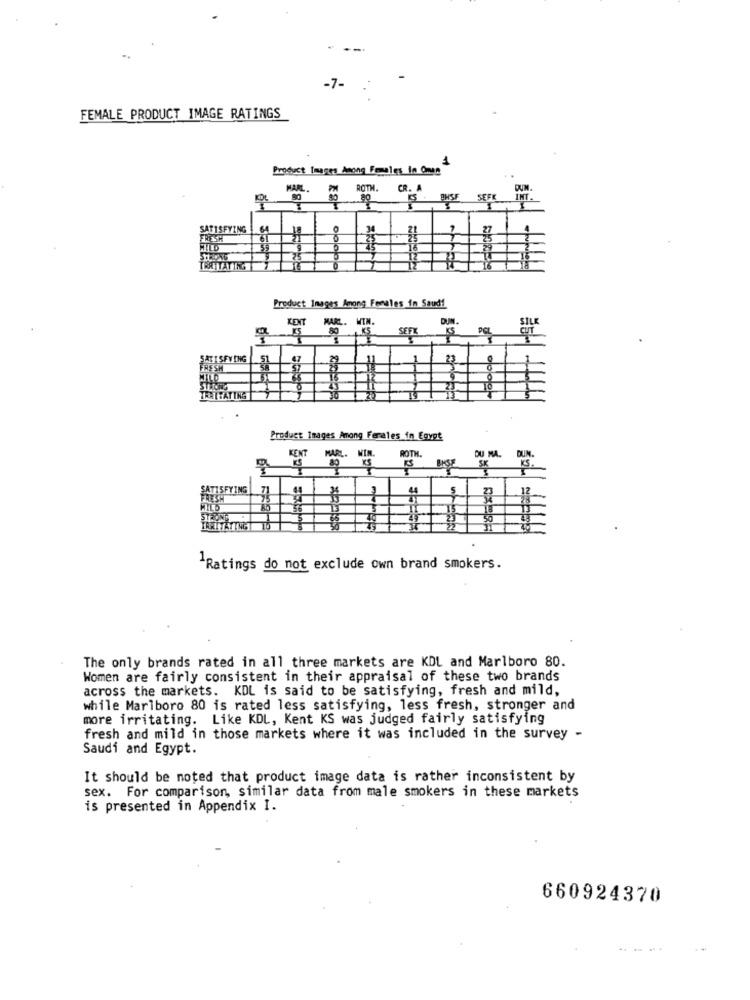
-7-
FEMALE PRODUCT IMAGE RATINGS
Product Images Moong Females in Omen
HARL
ROTH.
CR. A
80
PHSE
SEFE
INT.
SATISFYING
FRESH
31
WILD
55
16
TERTTATTKG
Product Images Among Females in Saud!
KENT
MARL. WIN.
DUN
80
SEFX
CUT
AKI SPY ING
HESH
TERTHAT ING
Product Images Among Ferales in Egypt
KENT
ROTH.
DU MA.
DUN.
MARL. WIN.
80
SK
TISFYING
ROND
WITATINGT
1 Ratings do not exclude own brand smokers.
The only brands rated in all three markets are KDL and Marlboro 80.
Women are fairly consistent in their appraisal of these two brands
across the markets. KDL is said to be satisfying, fresh and mild,
while Marlboro 80 is rated less satisfying, less fresh, stronger and
more irritating. Like KDL, Kent KS was judged fairly satisfying
fresh and mild in those markets where it was included in the survey -
Saudi and Egypt.
It should be noted that product image data is rather inconsistent by
sex. For comparison, similar data from male smokers in these markets
is presented in Appendix I.
660924370
..